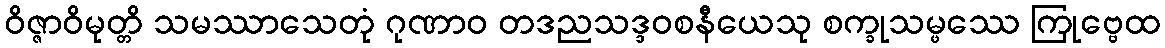
ဝိဇ္ဇာဝိမုတ္တိ သမဿာသေတုံ ဂုဏာဝ တဒညသဒ္ဒဝစနီယေသု စက္ခုသမ္ဖဿေ ကြုဗ္ဗေထ